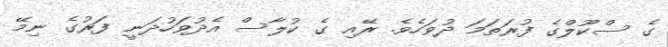
ގެ ސްކޫލްގެ ފުރަތަމަ ދުވަހެވެ. ރޭއި ގެ ކުލާސް އެދުވަހުދަނީ ފަރުގެ ނިމޭ